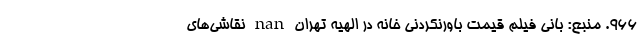
۹۶۶. منبع: بانی فیلم قیمت باورنکردنی خانه در الهیه تهران nan نقاشی‌های